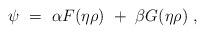
LaTeX: \begin{align*}\psi~=~\alpha F (\eta \rho)~+~\beta G (\eta \rho)~,\end{align*}